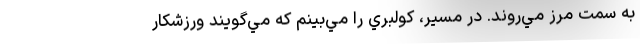
به سمت مرز مي‌روند. در مسير، كولبري را مي‌بينم كه مي‌گويند ورزشكار